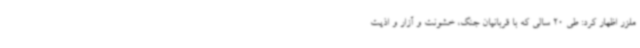
ملزر اظهار کرد: طی 20 سالی که با قربانیان جنگ، خشونت و آزار و اذیت